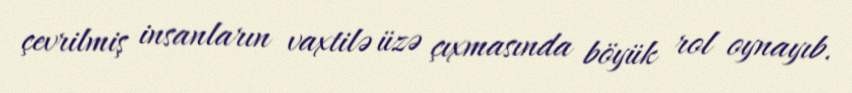
çevrilmiş insanların vaxtilə üzə çıxmasında böyük rol oynayıb.